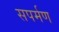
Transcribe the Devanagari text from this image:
सपर्मण